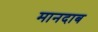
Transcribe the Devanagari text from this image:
मानदाब